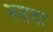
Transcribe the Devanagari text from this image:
रुतवा